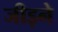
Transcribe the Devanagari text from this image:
जीड़ने